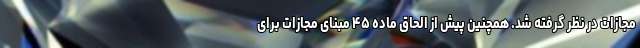
مجازات در نظر گرفته شد. همچنین پیش از الحاق ماده ۴۵ مبنای مجازات برای